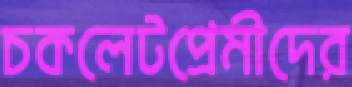
চকলেটপ্রেমীদের